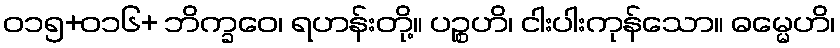
ဝ၁၅+၀၁၆+ ဘိက္ခဝေ၊ ရဟန်းတို့။ ပဉ္စဟိ၊ ငါးပါးကုန်သော။ ဓမ္မေဟိ၊